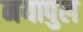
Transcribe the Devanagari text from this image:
नयापुल